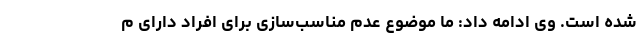
شده است. وی ادامه داد: ما موضوع عدم مناسب‌سازی برای افراد دارای م